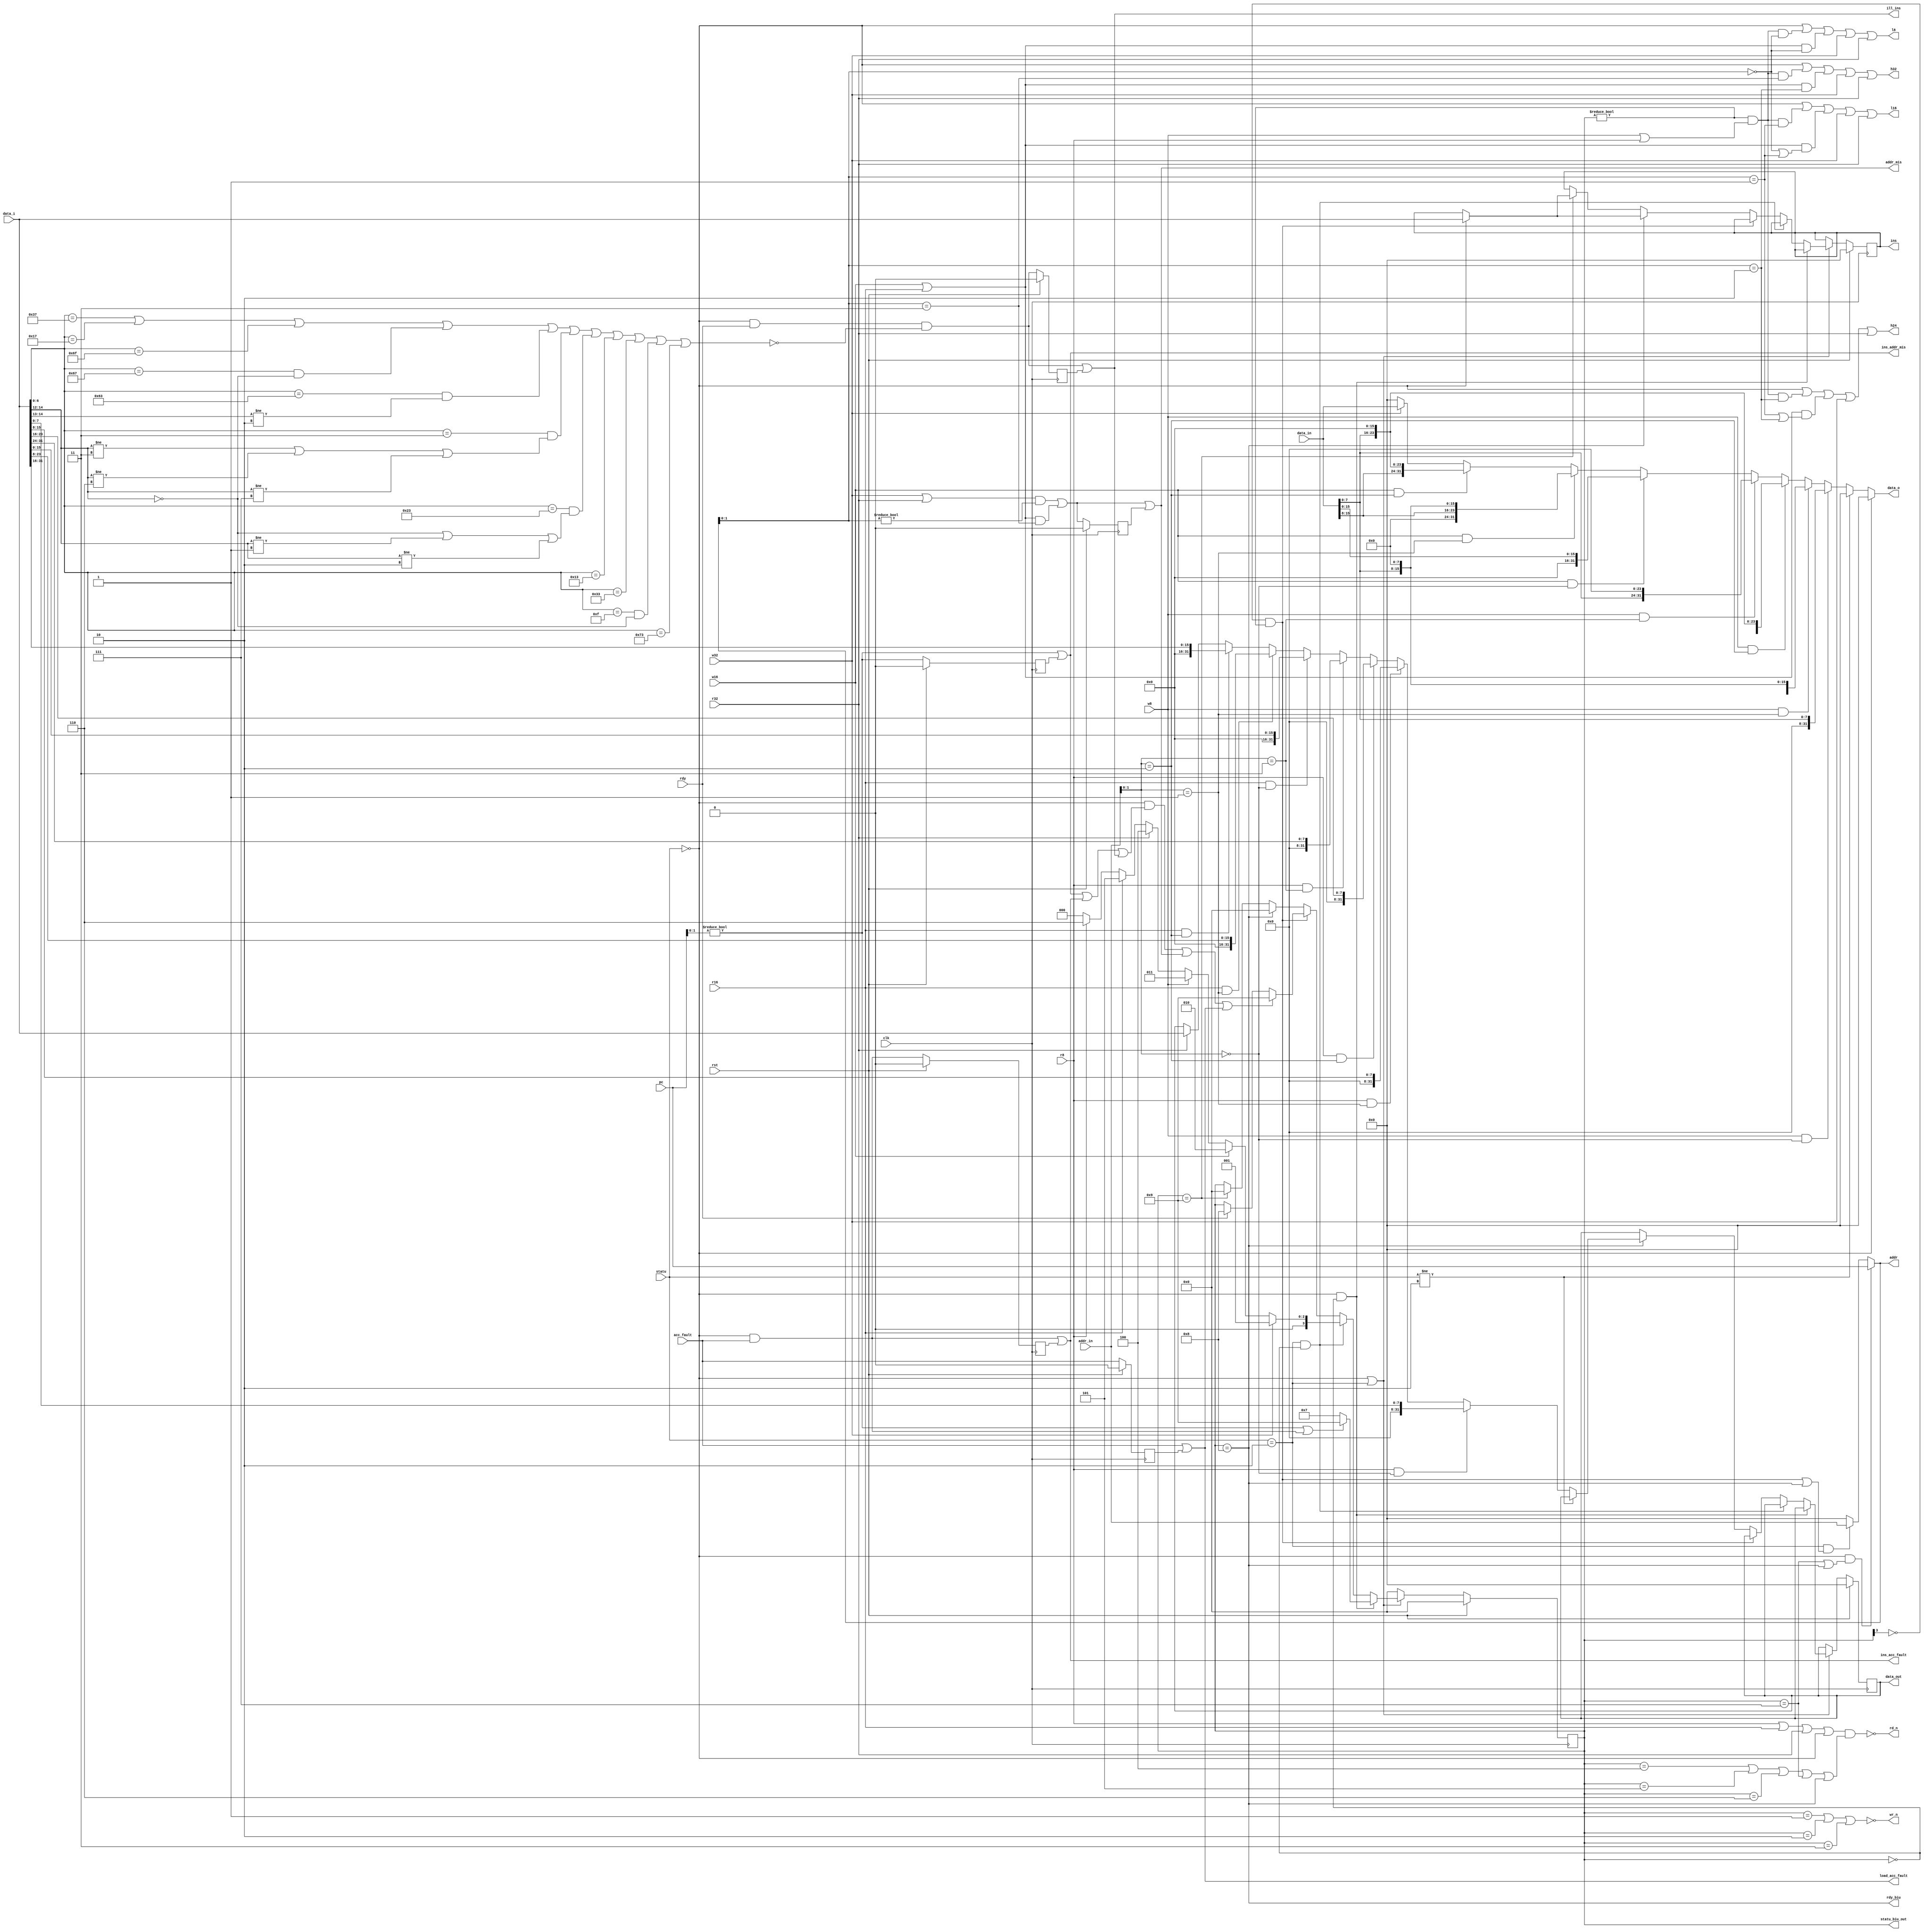
module biu(

input clk,

input rst,
//

input wire [31:0]data_i,
output wire[31:0]data_o,

input wire rdy,
//
input wire acc_fault,

output wire [31:0]addr,

output wire rd_n,

output wire wr_n,

output wire l8,

output wire l16,

output wire h24,

output wire h32,

//
input wire [31:0]addr_in,

input wire [31:0]data_in,
//
input wire [2:0]statu,

input wire [31:0]pc,

//decode
input wire w32,     //0001

input wire w16,     //0010

input wire w8,      //0011

input wire r32,     //0100

input wire r16,     //0101

input wire r8,      //0110

//

output reg [31:0]ins,

//

output reg [31:0]data_out,

//
//
output wire ins_addr_mis,
//
output wire ins_acc_fault,
//
output wire ill_ins,
//
output wire addr_mis,
//
output wire load_acc_fault,
output wire rdy_biu,
output wire [3:0] statu_biu_out


);

//
reg [3:0] statu_biu;

//
wire ins_addr_mis_judge;
wire ins_acc_fault_judge;
wire ill_ins_judge;
wire addr_mis_judge;
wire load_acc_fault_judge;

reg ins_addr_mis_st;
reg ins_acc_fault_st;
reg ill_ins_st;
reg addr_mis_st;
reg load_acc_fault_st;

//

assign ins_addr_mis     =   ins_addr_mis_judge   |  ins_addr_mis_st;
assign ins_acc_fault    =   ins_acc_fault_judge  |  ins_acc_fault_st;
assign ill_ins          =   ill_ins_judge        |  ill_ins_st;
assign addr_mis         =   addr_mis_judge       |  addr_mis_st;
assign load_acc_fault   =   load_acc_fault_judge |  load_acc_fault_st;

//
assign load_acc_fault_judge   = acc_fault;
assign ins_addr_mis_judge = (pc[1:0] != 2'b00);
assign ins_acc_fault_judge= (statu == 3'b000) &  acc_fault;
assign ill_ins_judge      = (statu == 3'b000) & rdy & !((data_i[6:0] == 7'b0110111) |
                                                       (data_i[6:0] == 7'b0010111) |
                                                       (data_i[6:0] == 7'b1101111) |
                                                       (data_i[6:0] == 7'b1100111) & (data_i[14:12] == 3'b000) |
                                                       (data_i[6:0] == 7'b1100011) & (data_i[14:13] != 2'b10)  |
                                                       (data_i[6:0] == 7'b0000011) & ((data_i[14:12] != 3'b011) | (data_i[14:12] != 3'b110) | (data_i[14:12] != 3'b111)) |
                                                       (data_i[6:0] == 7'b0100011) & ((data_i[14:12] == 3'b000) | (data_i[14:12] != 3'b001) | (data_i[14:12] != 3'b010)) |
                                                       (data_i[6:0] == 7'b0010011) |
                                                       (data_i[6:0] == 7'b0110011) |
                                                       (data_i[6:0] == 7'b0001111) & (data_i[14:12] == 3'b000) |
                                                       (data_i[6:0] == 7'b1110011));
                                                       
                                                       
assign addr_mis_judge = ((w32 | r32) & (addr[1:0] != 2'b00)) | ((w16 | r16) & ( addr[1:0]==2'b11)) ;  
//                                                       
always @ (posedge clk) begin

        ins_addr_mis_st     <= rst ? 1'b0 : ins_addr_mis_judge;
        ins_acc_fault_st    <= rst ? 1'b0 : ins_acc_fault_judge;
        ill_ins_st          <= rst ? 1'b0 : ill_ins_judge;
        addr_mis_st         <= rst ? 1'b0 : addr_mis_judge;
        load_acc_fault_st   <= rst ? 1'b0 : load_acc_fault_judge;
end
                                                       

//biu

always @ (posedge clk)begin

        if(rst)begin
               
            statu_biu    <= 4'b0000;
            ins          <= 32'b0;
            data_out     <= 32'b0;
            
        end
        
        else if(!((statu == 3'b000) | (statu == 3'b010)))begin
        
            statu_biu <= 4'b0000;
            
        end
        
        else if((statu==3'b000) & (statu_biu == 4'b0000)) begin
        
            statu_biu <= (ins_addr_mis_judge | ins_acc_fault_judge) ? 4'b1001 : 4'b0111;
            
        end
        
        else if((statu==3'b010) & (statu_biu == 4'b0000))begin
        
            statu_biu <=    w32 ? 4'b0001: w16 ? 4'b0010 : w8 ? 4'b0011 : r32 ? 4'b0100 : r16 ? 4'b0101 : r8 ? 4'b0110 : 4'b0000;
                            
        end
        
        else if((statu_biu[3] == 1'b0) & (statu_biu!=4'b0000))begin
            
            statu_biu <= (((statu==3'b000) & (ins_addr_mis | ins_acc_fault | ill_ins)) | addr_mis | load_acc_fault) ? 4'b1001 : rdy ? 4'b1000 : statu_biu;
            
        end
        
        else if(statu_biu == 4'b1000)begin
            
            ins       <= (statu==3'b000) ? data_i :  ins;
            data_out  <= (statu!=3'b010) ? data_out : (r8 & (addr_in[1:0]==2'b00)) ? {24'b0,data_i[7:0]}  :
                                                                                     (r8 & (addr_in[1:0]==2'b01)) ? {24'b0,data_i[15:8]} :
                                                                                     (r8 & (addr_in[1:0]==2'b10)) ? {24'b0,data_i[23:16]}:
                                                                                     (r8 & (addr_in[1:0]==2'b11)) ? {24'b0,data_i[31:24]}:
                                                                                     (r16& (addr_in[1:0]==2'b00)) ? {16'b0,data_i[15:0]} :
                                                                                     (r16& (addr_in[1:0]==2'b01)) ? {16'b0,data_i[23:8]} :
                                                                                     (r16& (addr_in[1:0]==2'b10)) ? {16'b0,data_i[31:16]}:
                                                                                     r32 ? data_i : data_out; 
           
            statu_biu <= 4'b0000;
            
        end
        
        else if(statu_biu == 4'b1001)begin
            
            ins     <= (statu == 3'b000) ? data_i : ins;
            data_out<= data_out;
            statu_biu <= 4'b0000;
            
        end
        
end

assign data_o = (statu == 3'b000) ? 32'b0 : (statu != 3'b010) ? 32'b0 :
              (w8 & (addr_in[1:0]==2'b00)) ? {24'b0,data_in[7:0]}  :
              (w8 & (addr_in[1:0]==2'b01)) ? {16'b0,data_in[7:0],8'b0} :
              (w8 & (addr_in[1:0]==2'b10)) ? {8'b0,data_in[7:0],16'b0}:
              (w8 & (addr_in[1:0]==2'b11)) ? {data_in[7:0],24'b0}:
              (w16& (addr_in[1:0]==2'b00)) ? {16'b0,data_in[15:0]} :
              (w16& (addr_in[1:0]==2'b01)) ? {8'b0,data_in[15:0],8'b0} :
              (w16& (addr_in[1:0]==2'b10)) ? {data_in[15:0],16'b0}:
               w32 ? data_in : 32'b0;  
           
assign rd_n = !((r8|r16|r32|statu==3'b000)&((statu_biu == 4'b0100) | (statu_biu == 4'b0101) | (statu_biu == 4'b0110) | (statu_biu == 4'b0111)|(statu_biu==4'b1000))); 

assign wr_n = !((statu_biu == 4'b0001) | (statu_biu == 4'b0010) | (statu_biu == 4'b0011));

assign l8 = ((statu == 3'b000)|(statu_biu!=4'b0000)&(w8 | r8)&(addr[1:0]==2'b00) | (w16 | r16) & (addr[1:0]==2'b00) | w32 | r32);

assign l16= ((statu == 3'b000)|(statu_biu!=4'b0000)&(w8 | r8)&(addr[1:0]==2'b01) | (w16 | r16) & ((addr[1:0]==2'b00)|(addr[1:0]==2'b01)) | w32 | r32);

assign h24= ((statu == 3'b000)|(statu_biu!=4'b0000)&(w8 | r8)&(addr[1:0]==2'b10) | (w16 | r16) & ((addr[1:0]==2'b01)|(addr[1:0]==2'b10)) | w32 | r32);

assign h32= ((statu == 3'b000)|(statu_biu!=4'b0000)&(w8 | r8)&(addr[1:0]==2'b11) | (w16 | r16) & (addr[1:0]==2'b10) | w32 | r32);

assign addr = (statu == 3'b000)&((statu_biu == 4'b0111)|(statu_biu == 4'b1000)) ? pc :
              (statu == 3'b010)&((statu_biu[3] == 1'b0)&(statu_biu != 4'b0000) | (statu_biu == 4'b1000)) ? addr_in : 32'b0;

assign rdy_biu = (statu_biu == 4'b1000);
assign statu_biu_out = statu_biu;

endmodule